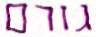
גורם